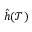
\hat { h } ( \mathcal { T } )